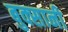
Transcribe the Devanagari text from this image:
बुक्सानी